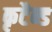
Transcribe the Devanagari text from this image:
कृटैन्ड